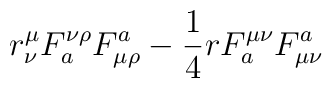
r^\mu_\nu F_a^{\nu\rho}F^a_{\mu\rho} - {1\over4}rF_a^{\mu\nu}F^a_{\mu\nu}